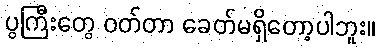
ပွကြီးတွေ ဝတ်တာ ခေတ်မရှိတော့ပါဘူး။